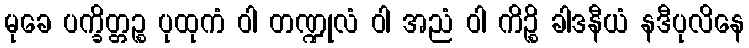
မုခေ ပက္ခိတ္တဉ္စ ပုထုကံ ဝါ တဏ္ဍုလံ ဝါ အညံ ဝါ ကိဉ္စိ ခါဒနီယံ နဒီပုလိနေ